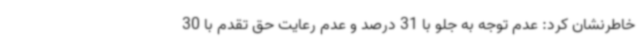
خاطرنشان کرد: عدم توجه به جلو با 31 درصد و عدم رعایت حق تقدم با 30